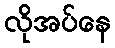
လိုအပ်နေ